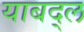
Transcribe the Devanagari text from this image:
याबद्ल